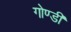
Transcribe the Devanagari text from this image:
गोण्डी